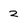
Character: 2